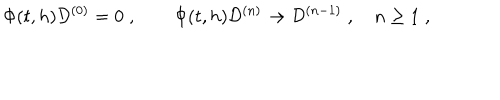
\Phi ( t , h ) { \cal D } ^ { ( 0 ) } = 0 \; , \qquad \Phi ( t , h ) { \cal D } ^ { ( n ) } \rightarrow { \cal D } ^ { ( n - 1 ) } \; , \quad n \geq 1 \; , \nonumber